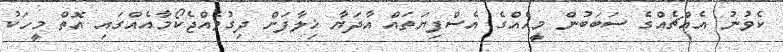
ކެވުނު އެއްޗެއްގެ ސަބަބުން މީހެއްގެ އެސްފިޔަތައް އާދަޔާ ޚިލާފަށް ދިގުވެއްޖެކޯމާއެއްގައި އޮތް މީހަކު